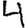
Digit: 4